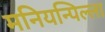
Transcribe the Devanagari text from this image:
मनियन्पिल्ला